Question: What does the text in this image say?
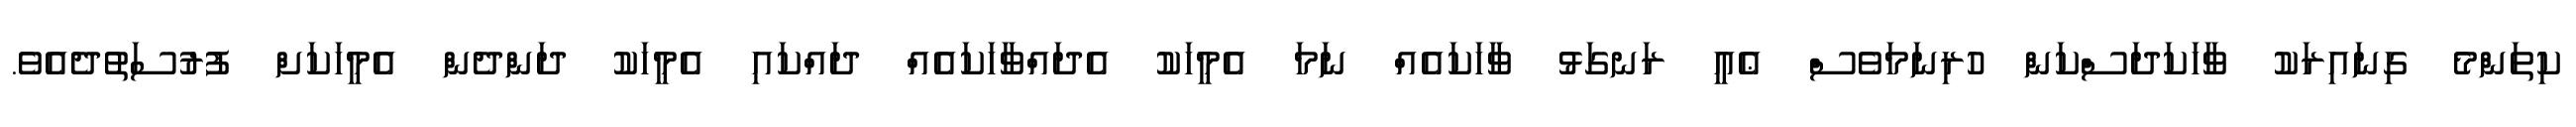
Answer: ކިތަންމެ ގިނައިރަކު ވާހަކަދަސްކަން ހުރިނަމަވެސް ޢެއީ ރަނގަޅު ވާހަކައެއް ނަމަ އެމީހަކު އެދައްވާހަކައެއް ދައްކައި އެމީހަކު ދަންދެން އެމީހަކަށް ފުރުސަތުދެއެވެ.